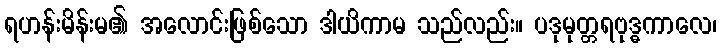
ရဟန်းမိန်းမ၏ အလောင်းဖြစ်သော ဒါယိကာမ သည်လည်း။ ပဒုမုတ္တရဗုဒ္ဓကာလေ၊